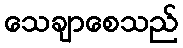
သေချာစေသည်